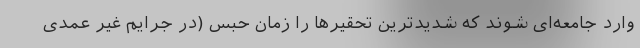
وارد جامعه‌ای شوند که شدیدترین تحقیرها را زمان حبس (در جرایم غیر عمدی